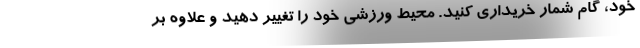
خود، گام شمار خریداری کنید. محیط ورزشی خود را تغییر دهید و علاوه بر